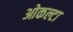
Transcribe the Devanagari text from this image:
ओकल्टा